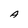
Character: A